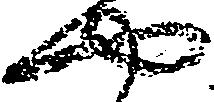
や